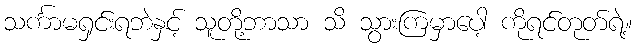
သင်္ကာမရှင်းရဘဲနှင့် သူတို့ဘာသာ သိ သွားကြမှာပေါ့ ကိုရင်တုတ်ရဲ့။